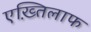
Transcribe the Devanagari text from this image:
एख़्तिलाफ